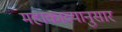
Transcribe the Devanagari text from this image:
महाकाव्यानुसार